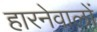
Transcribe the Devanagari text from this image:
हारनेवालों